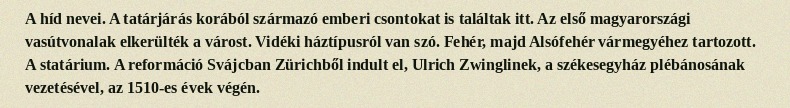
A híd nevei. A tatárjárás korából származó emberi csontokat is találtak itt. Az első magyarországi vasútvonalak elkerülték a várost. Vidéki háztípusról van szó. Fehér, majd Alsófehér vármegyéhez tartozott. A statárium. A reformáció Svájcban Zürichből indult el, Ulrich Zwinglinek, a székesegyház plébánosának vezetésével, az 1510-es évek végén.